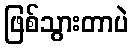
ဖြစ်သွားတာပဲ